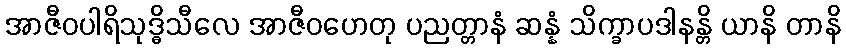
အာဇီဝပါရိသုဒ္ဓိသီလေ အာဇီဝဟေတု ပညတ္တာနံ ဆန္နံ သိက္ခာပဒါနန္တိ ယာနိ တာနိ